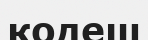
кодеш